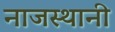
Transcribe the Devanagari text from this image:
नाजस्थानी